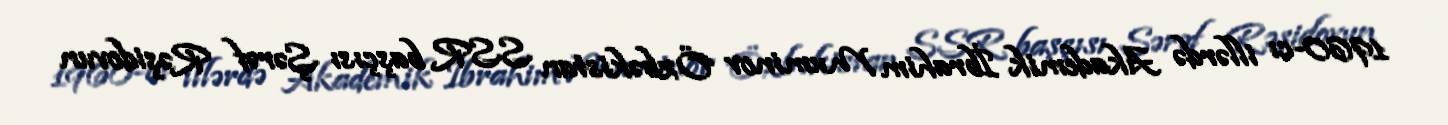
1960-cı illərdə Akademik İbrahim Muminov Özbəkistan SSR başçısı Şərəf Rəşidovun